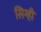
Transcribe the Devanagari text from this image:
सिग्ही